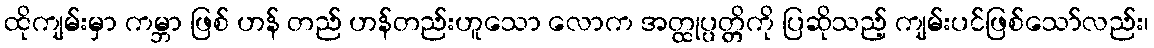
ထိုကျမ်းမှာ ကမ္ဘာ ဖြစ် ဟန် တည် ဟန်တည်းဟူသော လောက အတ္ထုပ္ပတ္တိကို ပြဆိုသည့် ကျမ်းပင်ဖြစ်သော်လည်း၊